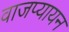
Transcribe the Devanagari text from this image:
वाजप्यायन